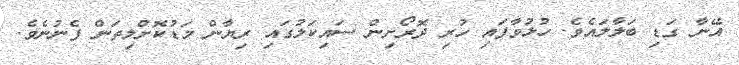
އޭނާ ގަޑި ބަލާލައެވެ. ހުޅުވާފައި ހުރި ދޮރޯށިން ސައިކަލުގައި ރިޔާން މަޑުކޮށްލިތަން ފެނުނެވެ.